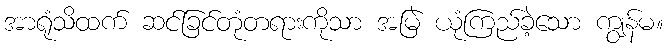
အာရုံသိထက် ဆင်ခြင်တုံတရားကိုသာ အမြဲ ယုံကြည်ခဲ့သော ကျွန်မ။